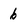
Character: 6